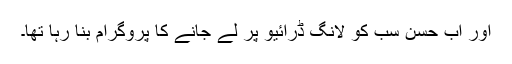
اور اب حسن سب کو لانگ ڈرائیو پر لے جانے کا پروگرام بنا رہا تھا۔